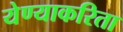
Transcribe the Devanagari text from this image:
येण्याकरिता